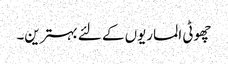
چھوٹی الماریوں کے لئے بہترین۔